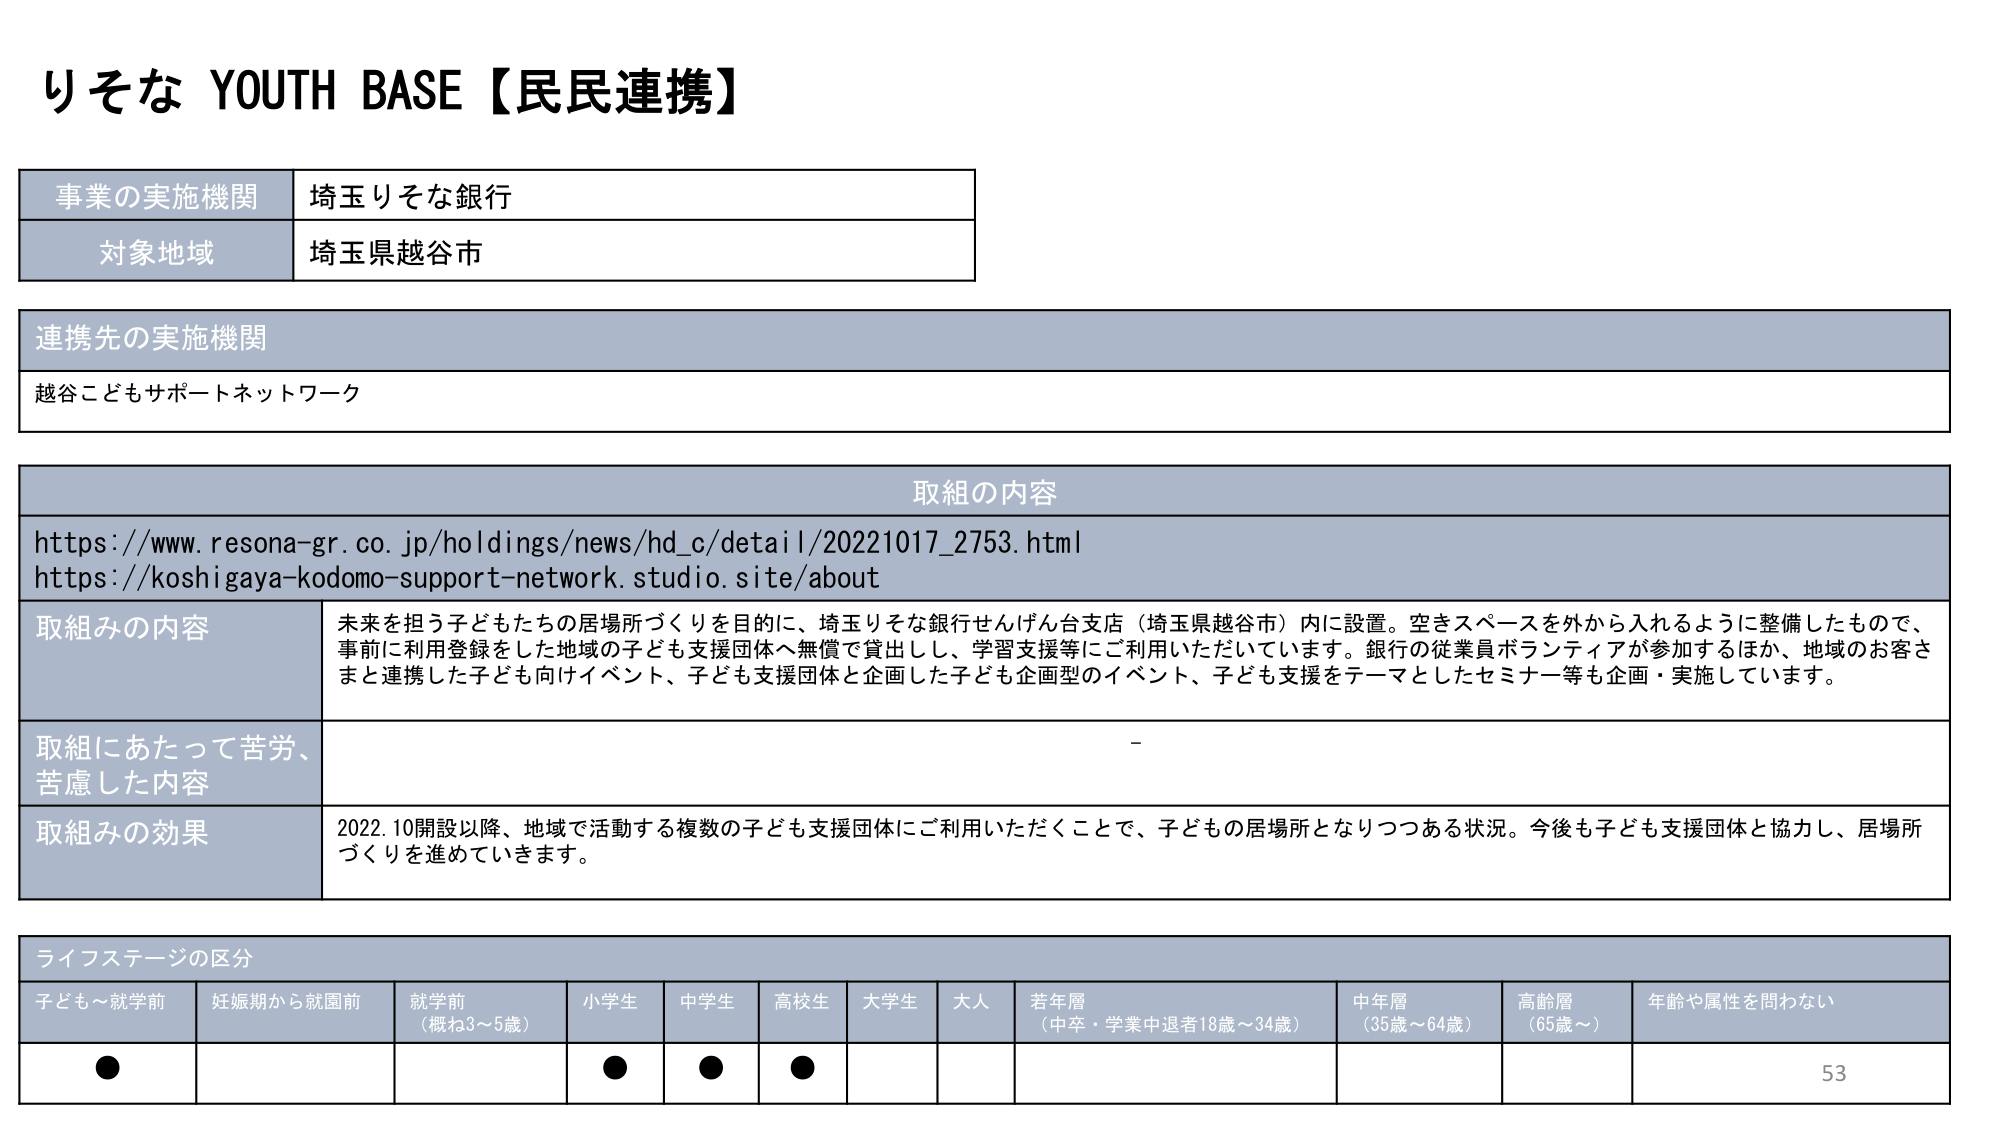
りそな YOUTH BASE【民民連携】

事業の実施機関 埼玉りそな銀行
対象地域 埼玉県越谷市

連携先の実施機関
越谷こどもサポートネットワーク

取組の内容
https://www.resona-gr.co.jp/holdings/news/hd_c/detail/20221017_2753.html
https://koshigaya-kodomo-support-network.studio.site/about

取組みの内容
未来を担う子どもたちの居場所づくりを目的に、埼玉りそな銀行せんげん台支店（埼玉県越谷市）内に設置。空きスペースを外から入れるように整備したもので、事前に利用登録をした地域の子ども支援団体へ無償で貸出し、学習支援等にご利用いただいています。銀行の従業員ボランティアが参加するほか、地域のお客さまと連携した子ども向けイベント、子ども支援団体と企画した子ども企画型のイベント、子ども支援をテーマとしたセミナー等も企画・実施しています。

取組にあたって苦労、苦慮した内容
-

取組みの効果
2022.10開設以降、地域で活動する複数の子ども支援団体にご利用いただくことで、子どもの居場所となりつつある状況。今後も子ども支援団体と協力し、居場所づくりを進めていきます。

ライフステージの区分
子ども～就学前 妊娠期から就園前 就学前（概ね3～5歳） 小学生 中学生 高校生 大学生 大人 若年層（中卒・学業中退者18歳～34歳） 中年層（35歳～64歳） 高齢層（65歳～） 年齢や属性を問わない
● ● ● ● 53